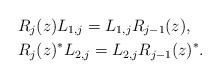
\begin{align*} &R_{j}(z)L_{1,j} = L_{1,j}R_{j-1}(z), \\ &R_{j}(z)^*L_{2,j} = L_{2,j}R_{j-1}(z)^*.\end{align*}